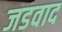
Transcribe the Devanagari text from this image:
जडवाद